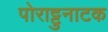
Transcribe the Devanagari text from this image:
पोराट्टुनाटक